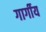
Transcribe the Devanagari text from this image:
गार्गीय